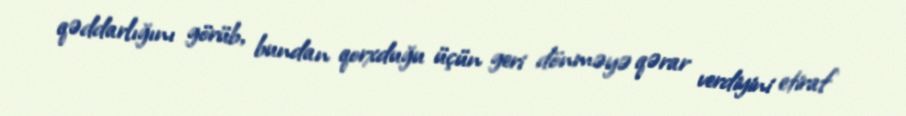
qəddarlığını görüb, bundan qorxduğu üçün geri dönməyə qərar verdiyini etiraf